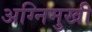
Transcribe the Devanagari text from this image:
अग्निमुखी